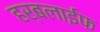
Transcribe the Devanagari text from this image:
हर्बलाईफ